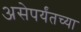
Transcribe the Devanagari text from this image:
असेपर्यंतच्या